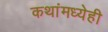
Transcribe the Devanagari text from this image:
कथांमध्येही